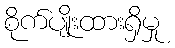
စိုက်ပျိုးထားရှိမှု